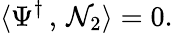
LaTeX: \langle\Psi^{\dagger}\, ,\, \mathcal{N}_{2}\rangle=0.